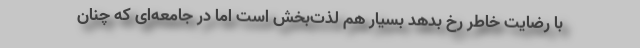
با رضایت خاطر رخ بدهد بسیار هم لذت‌بخش است اما در جامعه‌ای که چنان